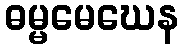
ဓမ္မမေဃေန